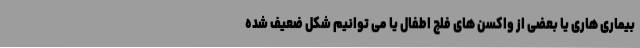
بیماری هاری یا بعضی از واکسن های فلج اطفال یا می توانیم شکل ضعیف شده